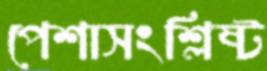
পেশাসংশ্লিষ্ট